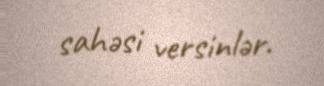
sahəsi versinlər.